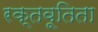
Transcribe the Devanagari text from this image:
रक्तवूतिता